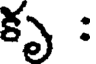
కృ :